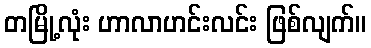
တမြို့လုံး ဟာလာဟင်းလင်း ဖြစ်လျက်။